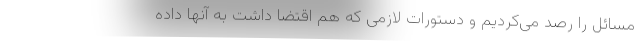
مسائل را رصد می‌کردیم و دستورات لازمی که هم اقتضا داشت به آنها داده